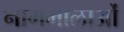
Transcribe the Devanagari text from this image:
नाममालाओं